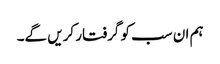
ہم ان سب کو گرفتار کریں گے۔